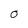
Character: 0